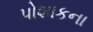
પોશાકના